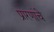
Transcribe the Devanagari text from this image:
प्रारणांचे